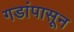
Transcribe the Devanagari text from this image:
गडांपासून